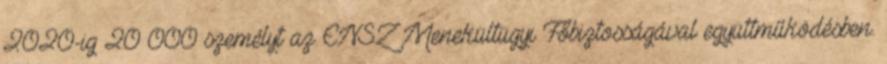
2020-ig 20 000 személyt az ENSZ Menekültügyi Főbiztosságával együttműködésben.